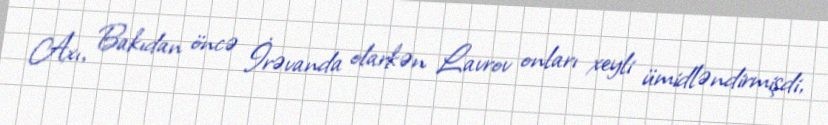
Axı, Bakıdan öncə İrəvanda olarkən Lavrov onları xeyli ümidləndirmişdi,